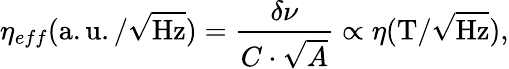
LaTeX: \eta_{eff}\mathrm{(a.u./}\sqrt{\mathrm{Hz}})=\frac{\delta\nu}{C\cdot\sqrt{A}}\propto\eta\mathrm{(T/}\sqrt{\mathrm{Hz}}),